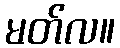
မတ်လ။